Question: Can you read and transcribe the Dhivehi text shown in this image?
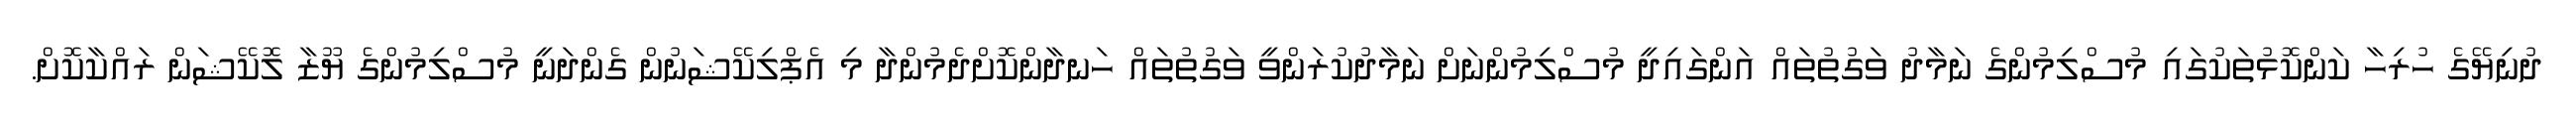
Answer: ދުނިޔޭގެ ހުރިހާ ކަންކޮޅުތަކުގައި މުސްލިމުންގެ ނަމާދު ވަގުތުތައް އަންގައިދީ މުސްލިމުންނަށް ނަމާދުކުރަންވީ ވަގުތުތައް ހަނދާންކޮށްދެމުންދާ މި އެޕްލިކޭޝަނުން ގެންދަނީ މުސްލިމުންގެ ޔޫޒާ ލޮކޭޝަން ރައްކާކޮށް.